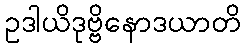
ဥဒါယိဒုဗ္ဗိနောဒယာတိ